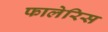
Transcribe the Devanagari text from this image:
फालेरिस